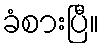
ခံစားပြီ။